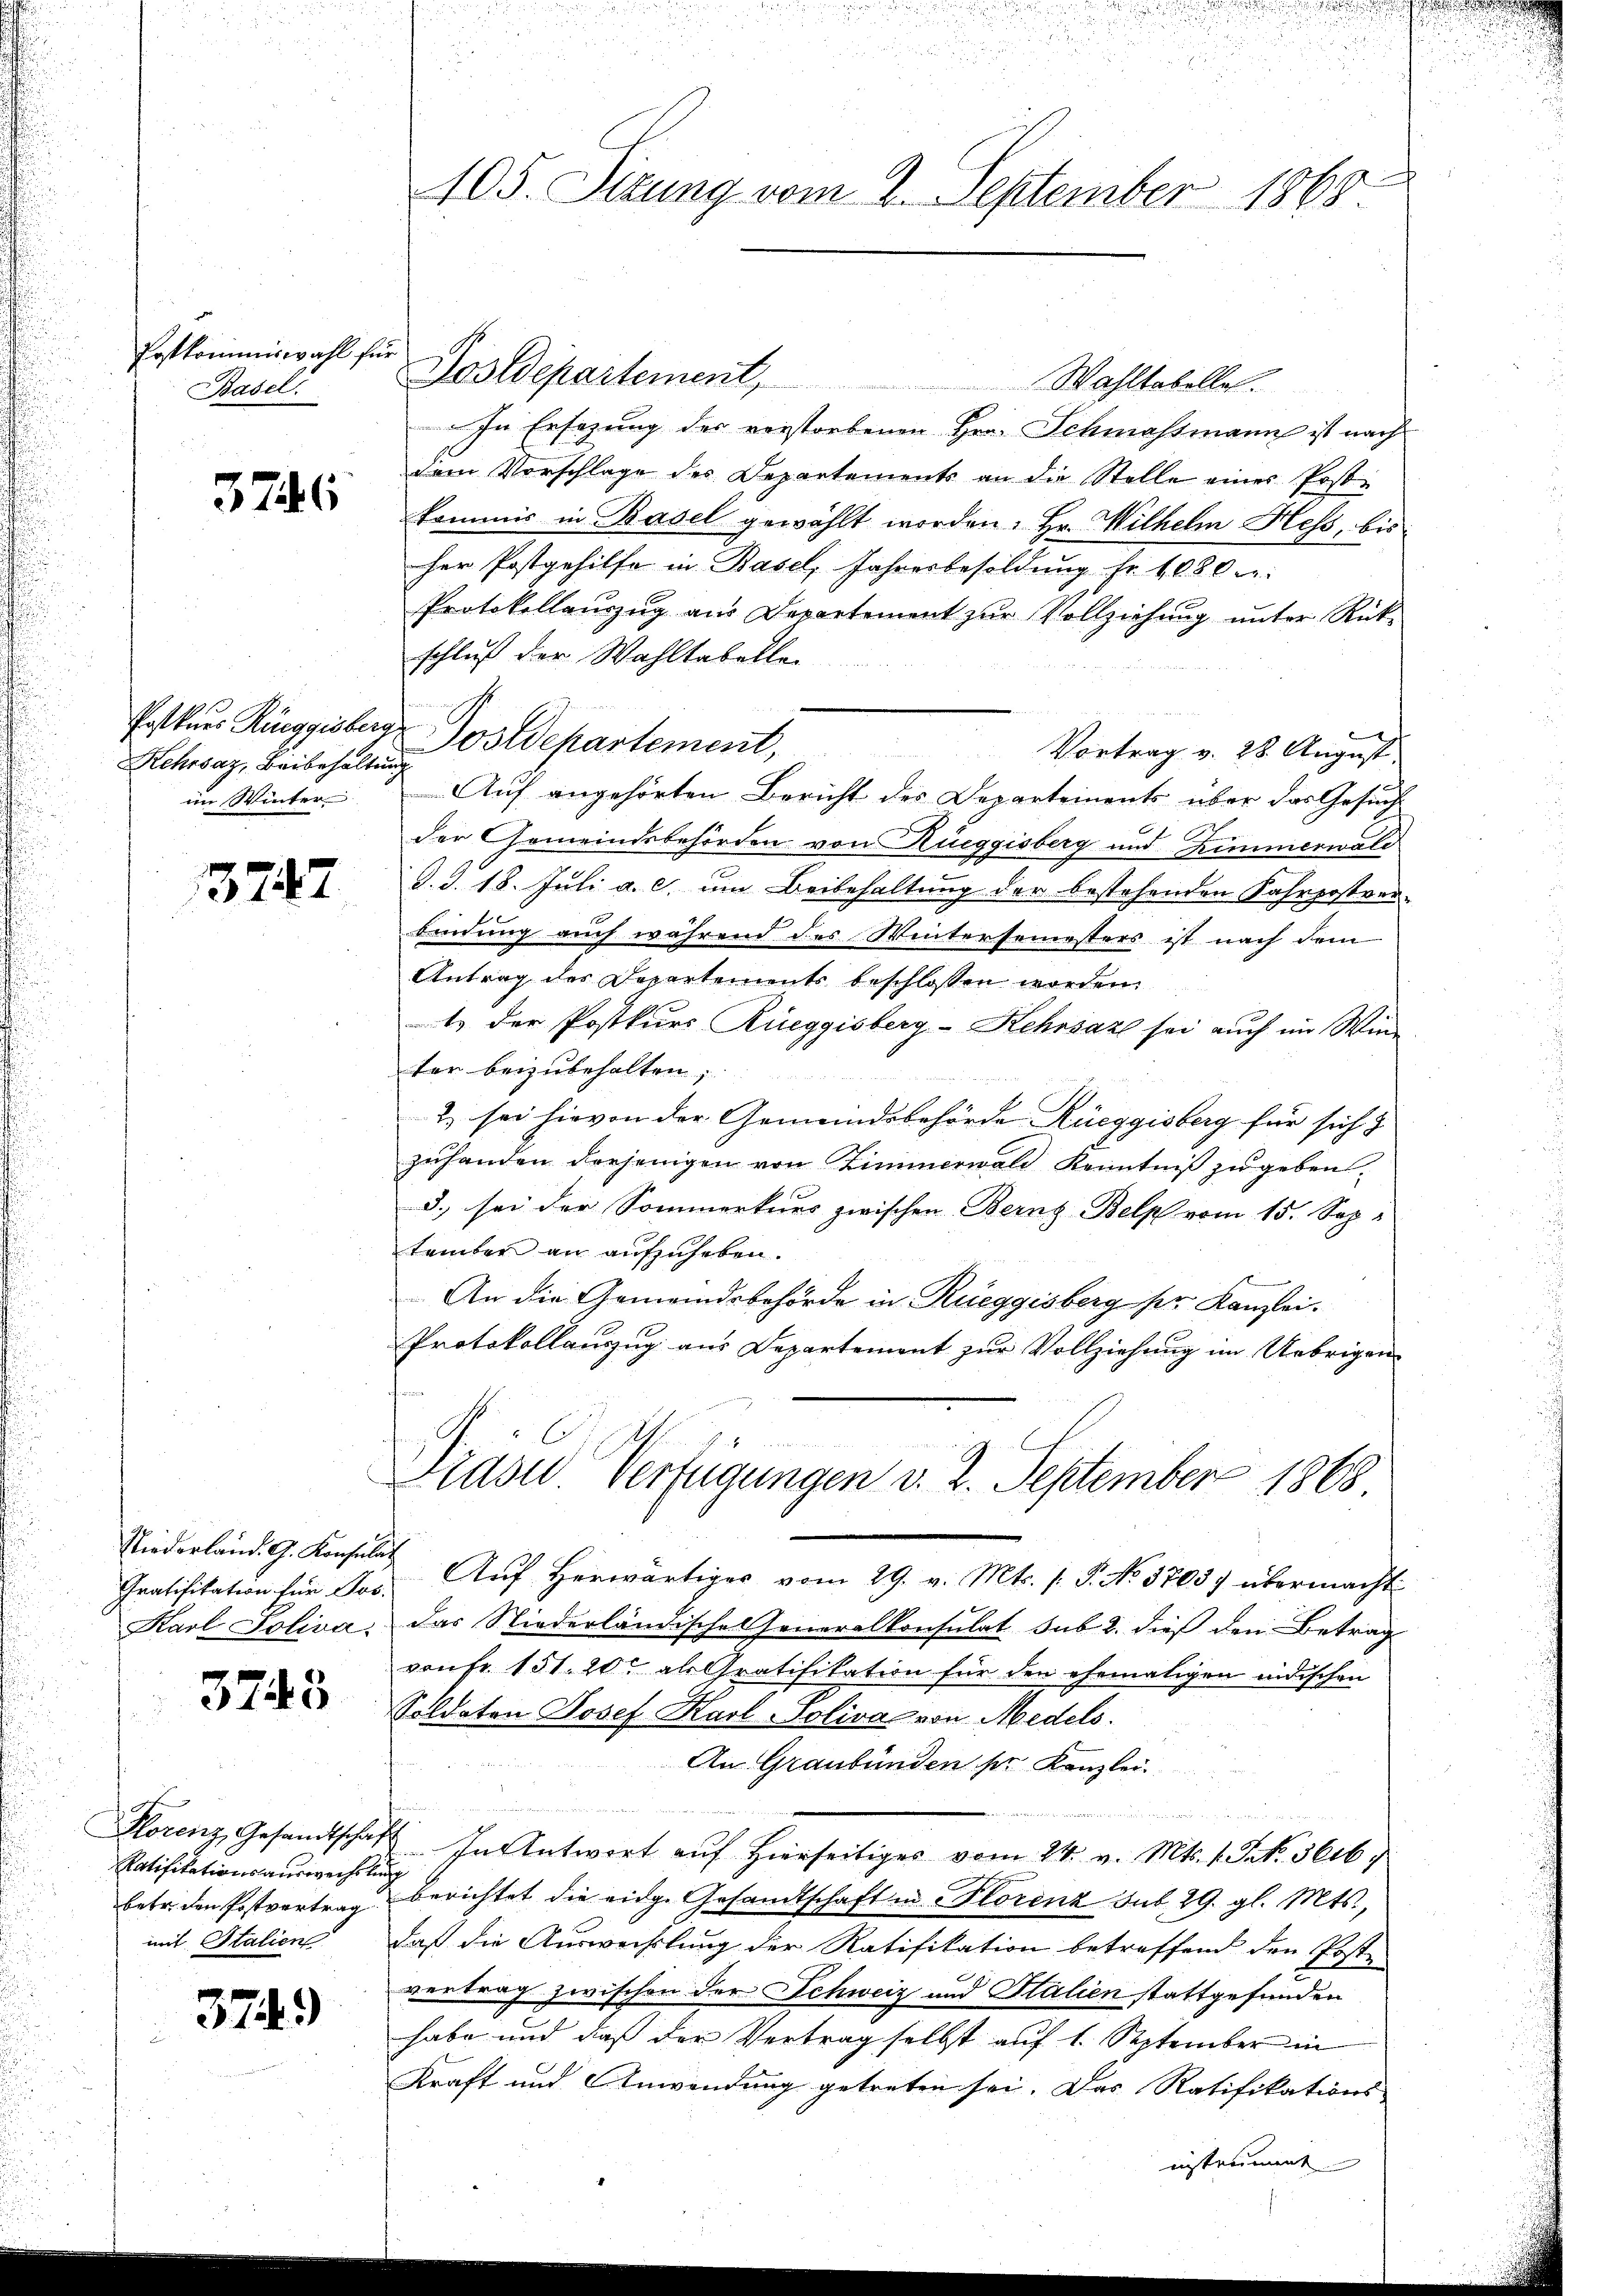
Postkommiswahl für
Basel.

3746

Kehrsaz, Beibehaltung
im Winter

3747

Niederland. G. Konsulat

3743

Ratifikationsauswechslung
mit Italien

3749)

105. Sizung vom 2. September 1865

Postdepartement, Wahltabelles.
In Ersezung des verstorbenen Hrn. Schmassmann ist nach
dem Vorschlage des Departements an die Stelle eines Post
kommis in Basel gewählt worden. Hr. Wilhelm Hess, bis
her Postgehilfe in Basel, Jahresbesoldung fr. 1080 n
Protokollauszug aus Departement zŭr Vollziehŭng ŭnter Rück-
schluß der Wahltabelle
Potters Rüeggisberg Postdepartement,
Vortrag v. 28. August
Auf angehörten Bericht des Departements über das Gesuch
r
der Gemeindsbehörden von Rüeggisberg und Zimmerwald
d. J. 18. Juli a. c. um Beibehaltung der bestehenden Fahrpostver-
bindung auch während des Wintersemesters ist nach dem
Antrag der Departements beschlossen worden.
t der Postkurs Rüeggisberg-Kehrsaz sei auch im Winter beizubehalten;
2. sei hiervon der Gemeindsbehörde Rüeggisberg für sich
zuhanden derjenigen von Zimmerwald Kenntniß zu geben.
3.) sei der Sommerkurs zwischen Bernz-Belpf vom 15. Sep
tember an aufzuheben.
An die Gemeindsbehörde in Rueggisberg per Kanzlei.
Protokollanzug aus Departement zur Vollziehung im Uebrigen

Gratifikation für Jos. Auf herwärtiges vom 29. v. Mts. s. S. No 37037 übermacht
Karl Soliva, das Niederländisches Generalkonsulat sub 2. dieß den Betrag
prüfe 151. 20t als Gratifikation für den ehemaligen indischen
Soldaten Josef Karl-Poliva von Medels.
An Graubünden der Kanzlei

Florenz Gesamtschaft. In Antwort aŭf hierseitiges vom 24. v. Mts. 1. St. 3616
betr. den Postvertrag berichtet die eidg. Gesandtschaft in Plorenz sub. 29. gl. Mts.,
daß die Auswechslung der Ratifikation betreffend den Poste
vertrag zwischen der Schweiz und Salien stattgefunden
habe und daß der Vertrag selbst auf 1. September in
Kraft und Anwendung getreten sei. Das Ratifikations
instrument

i
Prase Verfügungen v. 2. September 1868